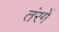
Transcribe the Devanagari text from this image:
तंरगें